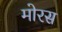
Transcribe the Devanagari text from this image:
मोरस